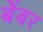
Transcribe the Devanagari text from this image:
बेंबर